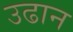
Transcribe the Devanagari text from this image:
उढान